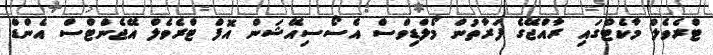
ޓްރެވެލް މާކެޓްގައި ރާއްޖޭގެ ފަރާތުން މޯލްޑިވްސް އެސޯސިއޭޝަން އޮފް ޓްރެވެލް އޭޖެންޓްސް އެންޑް